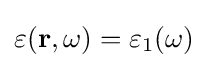
\varepsilon (\mathbf {r} ,\omega )=\varepsilon _{1}(\omega )